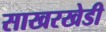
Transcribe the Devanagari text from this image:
साखरखेडी